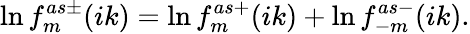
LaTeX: \ln f_{m}^{as\pm}(ik)=\ln f_{m}^{as+}(ik)+\ln f_{-m}^{as-}(ik).